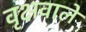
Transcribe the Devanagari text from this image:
वृक्षवाले